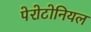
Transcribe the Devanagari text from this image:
पेरोटोनियल